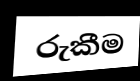
රුකීම